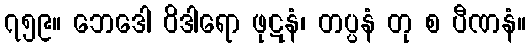
၇၅၉။ ဘေဒေါ ဝိဒါရော ဖုဋနံ၊ တပ္ပနံ တု စ ပီဏနံ။